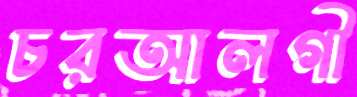
চরআলগী